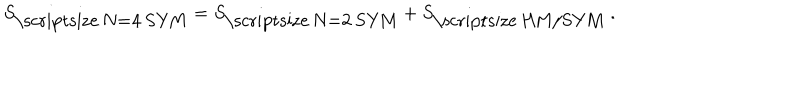
S _ { \mathrm { \scriptsize ~ N = 4 ~ S Y M } } = S _ { \mathrm { \scriptsize ~ N = 2 ~ S Y M } } + S _ { \mathrm { \scriptsize ~ H M / S Y M } } \; .